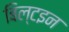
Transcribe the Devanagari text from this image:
बिल्टइन